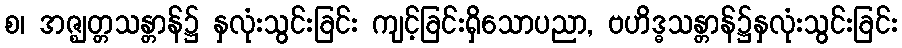
စ၊ အဇ္ဈတ္တသန္တာန်၌ နှလုံးသွင်းခြင်း ကျင့်ခြင်းရှိသောပညာ, ဗဟိဒ္ဓသန္တာန်၌နှလုံးသွင်းခြင်း